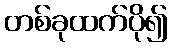
တစ်ခုထက်ပို၍